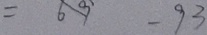
= 6 9 - 9 3